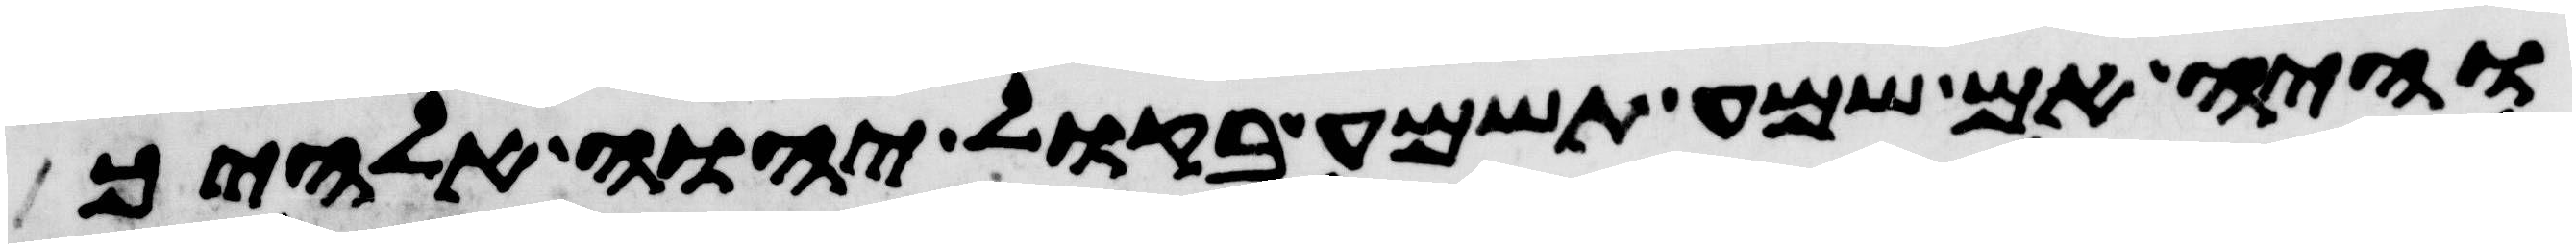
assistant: והיה אם שמע תשמע בקול יהוה אלהיך